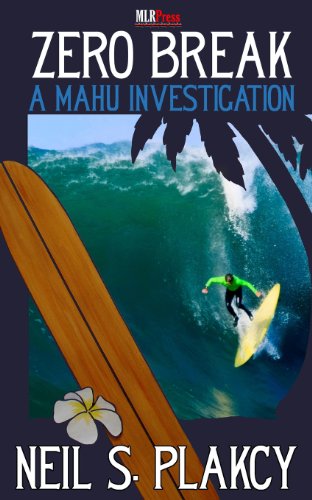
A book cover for Zero Break; Neil Plakcy; Romance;